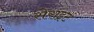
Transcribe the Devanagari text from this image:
सेराइट